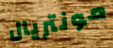
مونتريال